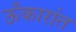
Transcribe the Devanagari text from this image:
ऊँकारांत